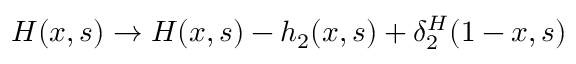
H ( x , s ) \to H ( x , s ) - h _ { 2 } ( x , s ) + \delta _ { 2 } ^ { H } ( 1 - x , s )